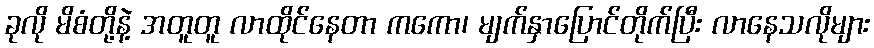
ခုလို မိစံတို့နဲ့ အတူတူ လာထိုင်နေတာ ကကော၊ မျက်နှာပြောင်တိုက်ပြီး လာနေသလိုများ